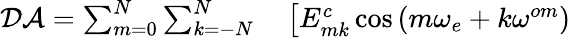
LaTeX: \begin{array}{rl}{\mathcal{DA}=\sum_{m=0}^{N}\sum_{k=-N}^{N}}&{{}\left[E_{mk}^{c}\cos\left(m\omega_{e}+k\omega^{om}\right)\right.}\end{array}